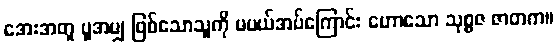
အေးအတူ ပူအမျှ ဖြစ်သောသူကို မပယ်အပ်ကြောင်း ဟောသော သုစ္စဇ ဇာတက။